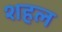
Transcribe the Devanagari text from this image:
शहल